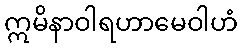
ဣမိနာဝါရဟာမေဝါဟံ